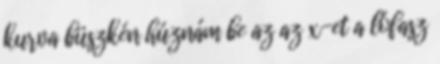
kurva büszkén húznám be az az x-et a lófasz